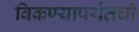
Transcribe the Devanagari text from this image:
विकण्यापर्यंतची